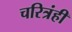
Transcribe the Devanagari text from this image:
चरित्रंही